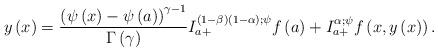
LaTeX: \begin{align*}y\left( x\right) =\frac{\left( \psi \left( x\right) -\psi \left( a\right) \right) ^{\gamma -1}}{\Gamma \left( \gamma \right) }I_{a+}^{\left( 1-\beta \right) \left( 1-\alpha \right) ;\psi }f\left( a\right) +I_{a+}^{\alpha ;\psi }f\left( x,y\left( x\right) \right).\end{align*}